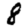
Digit: 8